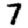
Digit: 7